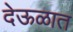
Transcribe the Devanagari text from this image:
देऊळात